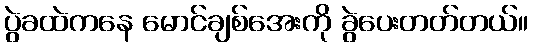
ပွဲခထဲကနေ မောင်ချစ်အေးကို ခွဲပေးတတ်တယ်။